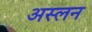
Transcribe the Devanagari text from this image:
अस्लन